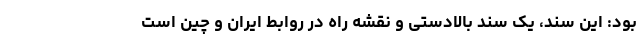
بود: این سند، یک سند بالادستی و نقشه راه در روابط ایران و چین است